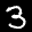
Label: 3